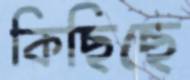
কিছিছে